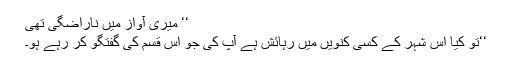
‘‘ میری آواز میں ناراضگی تھی
‘‘تو کیا اس شہر کے کسی کنویں میں رہائش ہے آپ کی جو اس قسم کی گفتگو کر رہے ہو۔